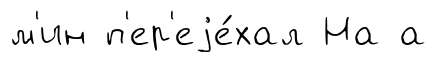
м'ин п'ер'еjе́хал На а